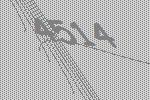
4514